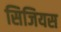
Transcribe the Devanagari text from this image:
सिजियस